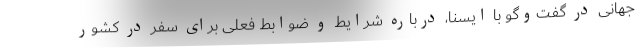
جهانی در گفت‌وگو با ایسنا، درباره شرایط و ضوابط فعلی برای سفر در کشور